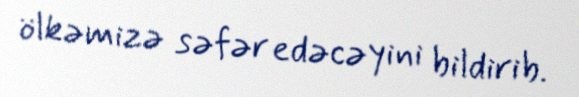
ölkəmizə səfər edəcəyini bildirib.